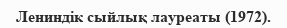
Лениндік сыйлық лауреаты (1972).